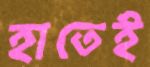
হাতেই